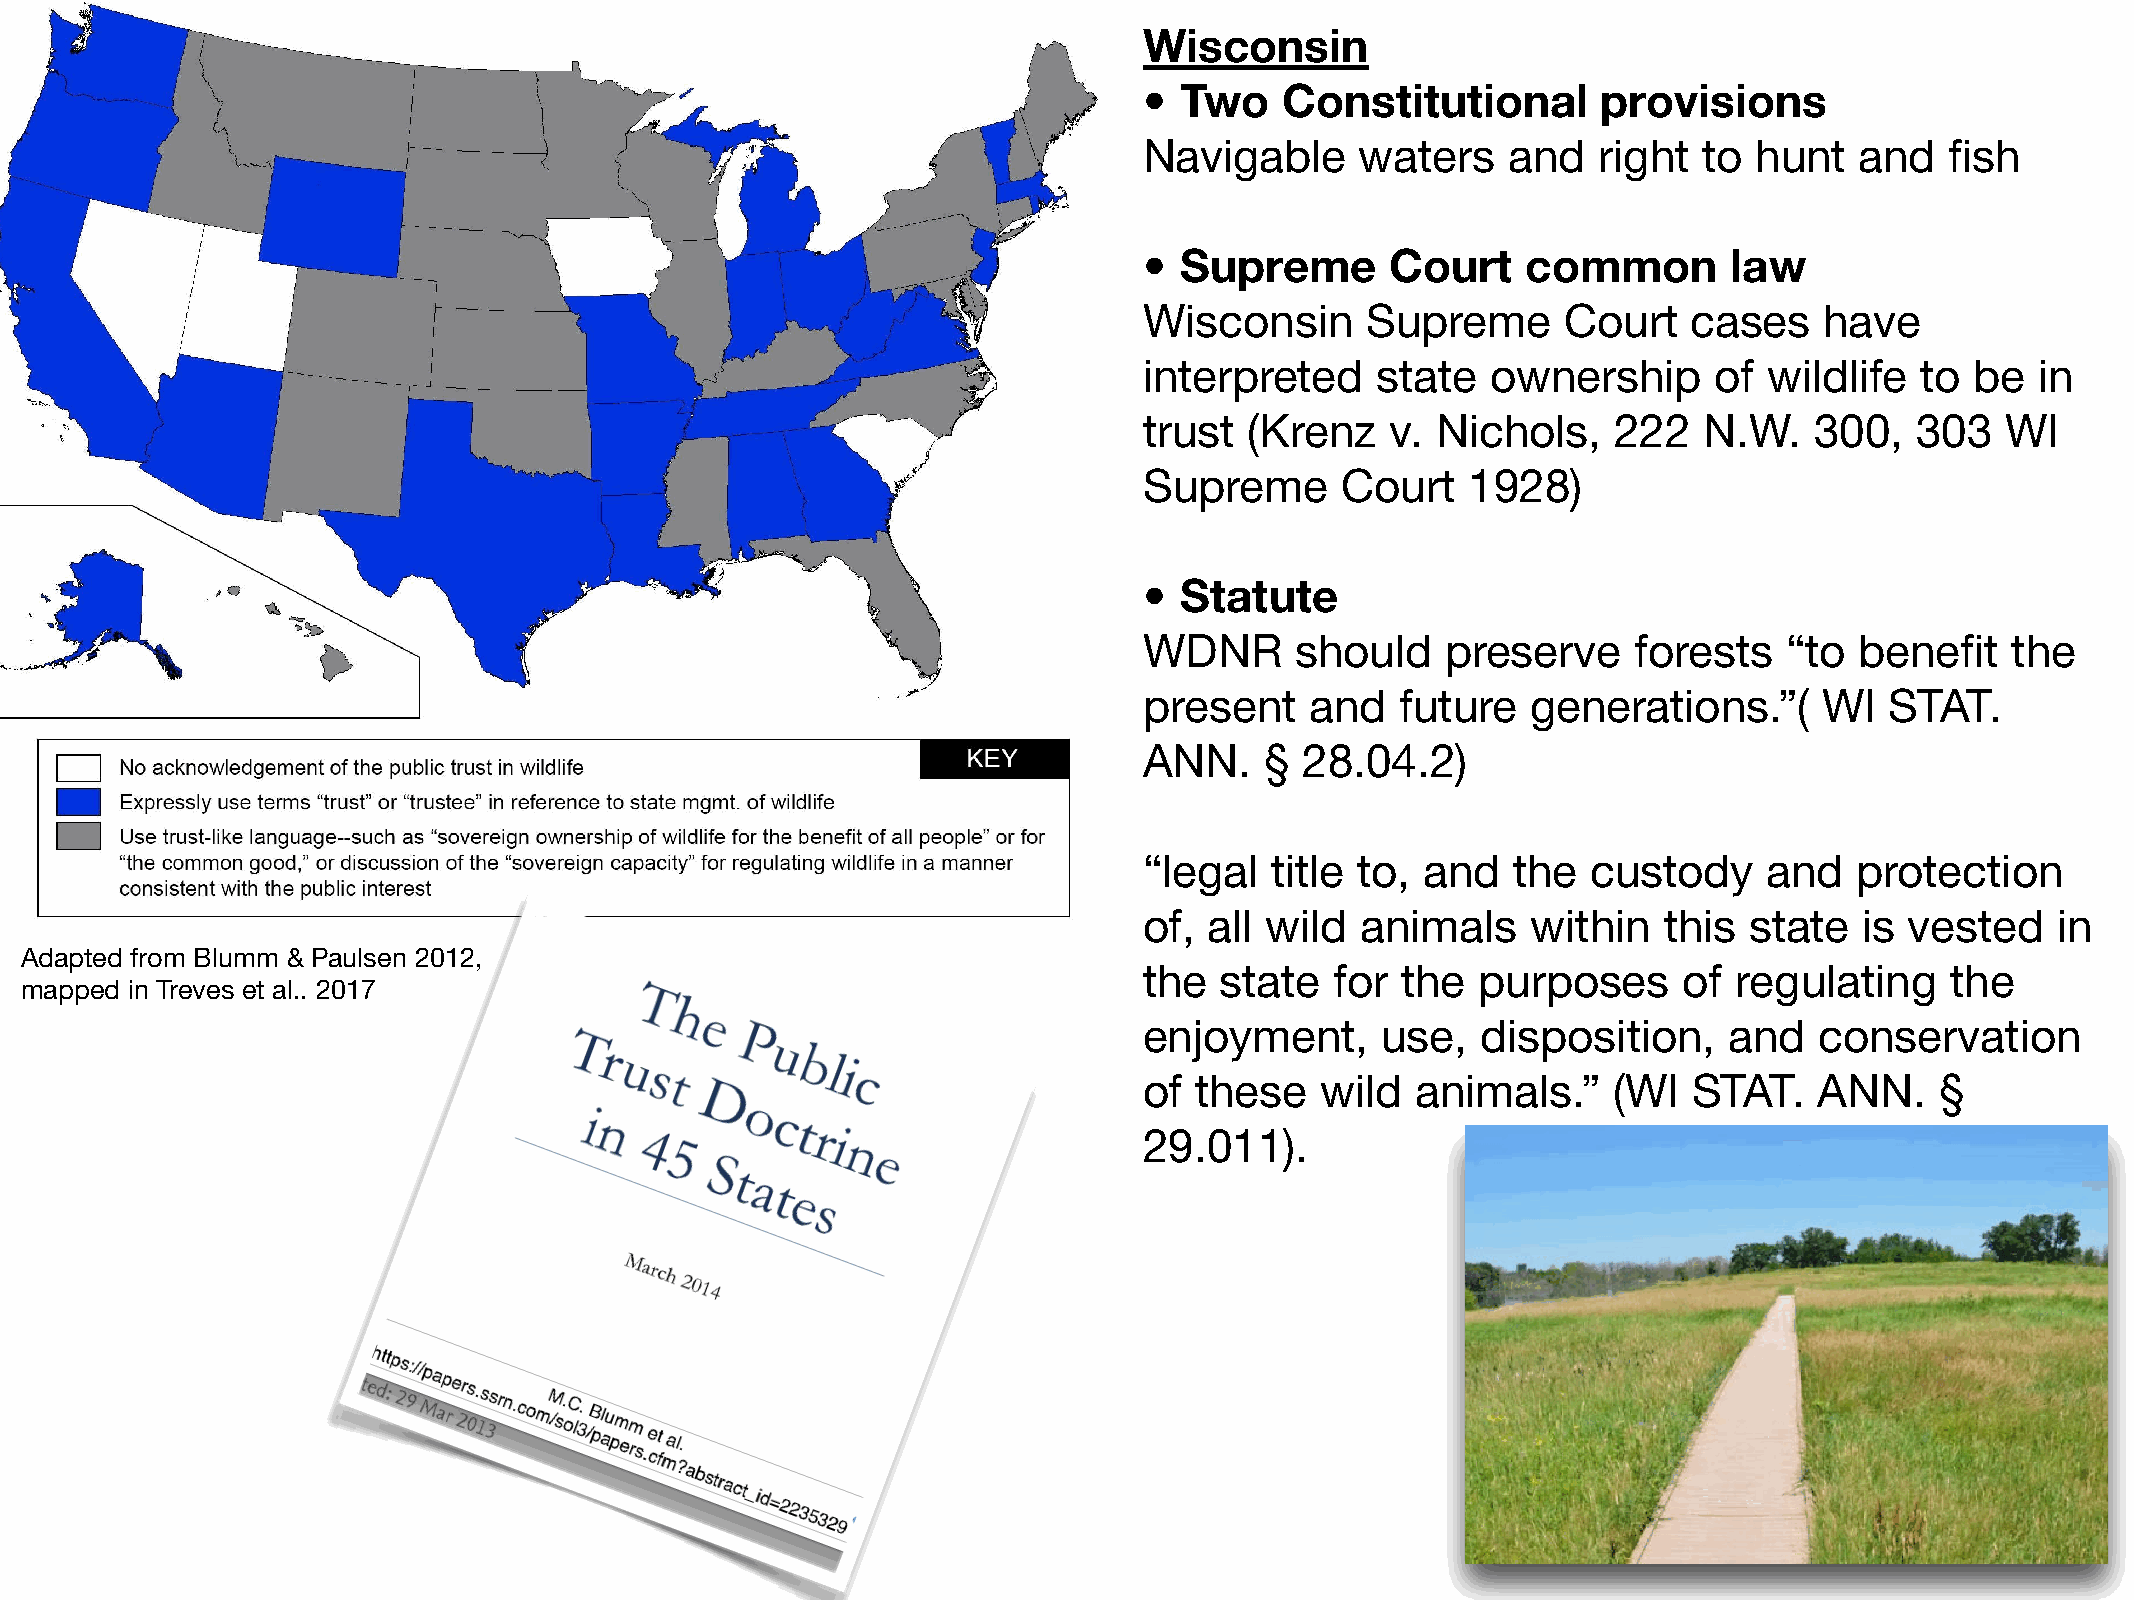
Wisconsin
 • Two    Constitutional       provisions
 Navigable     waters    and   right  to hunt   and   fish
 • Supreme       Court    common        law
 Wisconsin     Supreme       Court   cases    have
 interpreted    state   ownership     of  wildlife  to  be  in
 trust  (Krenz   v. Nichols,    222   N.W.   300,   303   WI
 Supreme      Court   1928)
 • Statute
 WDNR      should    preserve    forests   “to  benefit   the
 present    and   future  generations.”(      WI  STAT.
 ANN.    § 28.04.2)
 “legal  title to, and   the  custody     and   protection
 of, all wild  animals    within   this  state  is vested    in
 Adapted from Blumm & Paulsen 2012,
 the  state  for  the  purposes     of  regulating    the
 mapped  in Treves et al.. 2017
 enjoyment,     use,   disposition,    and   conservation
 of these   wild   animals.”    (WI  STAT.   ANN.    §
 29.011).